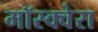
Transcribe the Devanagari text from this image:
मॉस्क्वेरा